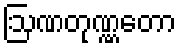
ဩဏတုဏ္ဏတော